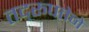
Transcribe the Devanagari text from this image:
तद्‌रूपतेने